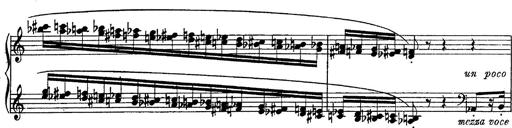
Title: Fantasie Ã¼ber Themen aus Mozarts Figaro und Don Giovanni
Composer: Franz Liszt